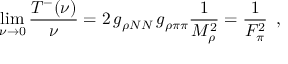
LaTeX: \operatorname * { l i m } _ { \nu \to 0 } \frac { T ^ { - } ( \nu ) } { \nu } = 2 \, g _ { \rho N N } \, g _ { \rho \pi \pi } \frac { 1 } { M _ { \rho } ^ { 2 } } = \frac { 1 } { F _ { \pi } ^ { 2 } } \, \, \, ,